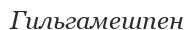
Гильгамешпен